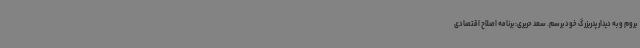
بروم و به دیدار پدربزرگ خود برسم. سعد حریری: برنامه اصلاح اقتصادی